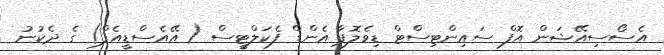
އެސޯސިއޭޝަން އޮފް ސައިންޓިސްޓް ޑިވެލޮޕާ އެންޑް ފެކަލްޓީސް ( އޭއެސްޑީއެފް) ގެ ދެކުނު